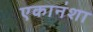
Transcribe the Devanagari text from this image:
एकानंशा